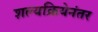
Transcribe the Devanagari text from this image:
शल्यक्रियेनंतर